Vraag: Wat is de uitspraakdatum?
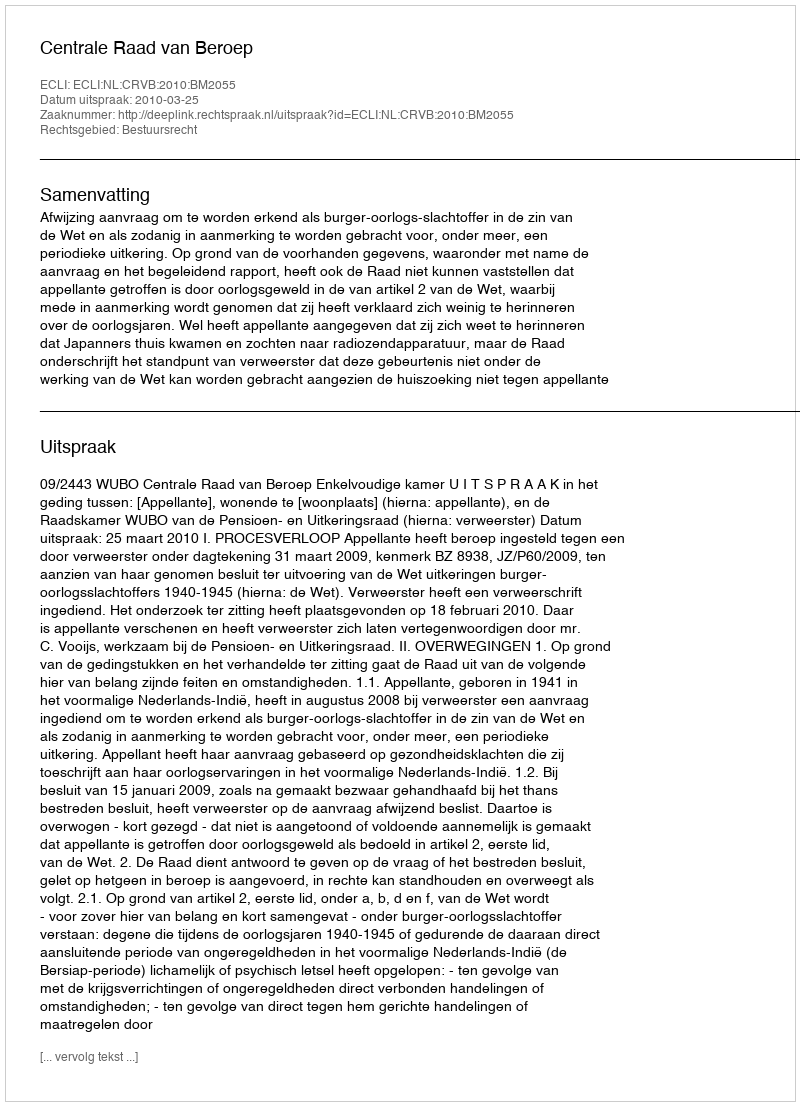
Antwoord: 2010-03-25